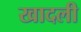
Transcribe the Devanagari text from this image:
खादली